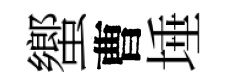
蠁曹埵